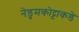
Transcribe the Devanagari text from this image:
नेडुमकोट्टाकडे